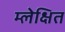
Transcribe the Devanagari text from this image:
म्लेक्षित